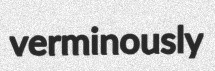
verminously